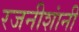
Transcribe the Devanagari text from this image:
रजनीशांनी